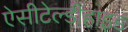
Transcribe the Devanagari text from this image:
ऐसीटेल्डीहाइड